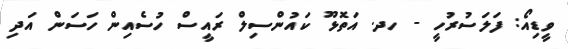
ވީޑިއޯ: ފަލަސުރުހީ - ހދ. އަތޮޅޫ ކައުންސިލް ރައީސް ހުސެއިން ހަސަން އަދި